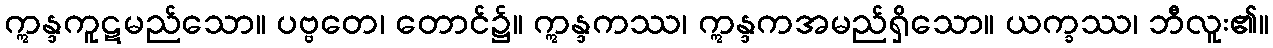
ဣန္ဒကူဋမည်သော။ ပဗ္ဗတေ၊ တောင်၌။ ဣန္ဒကဿ၊ ဣန္ဒကအမည်ရှိသော။ ယက္ခဿ၊ ဘီလူး၏။